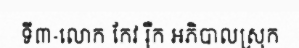
ទី៣-លោក កែវ រ៉ឺក អភិបាលស្រុក